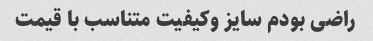
راضی بودم سایز وکیفیت متناسب با قیمت